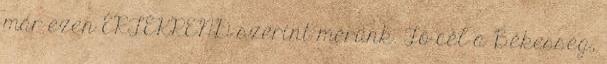
már ezen ÉRTÉKREND szerint mérünk. Fő cél a Békesség,